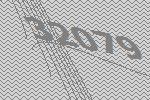
32079